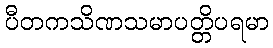
ပီတကသိဏသမာပတ္တိပရမာ